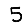
Digit: 5